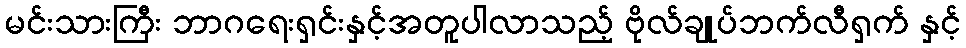
မင်းသားကြီး ဘာဂရေးရှင်းနှင့်အတူပါလာသည့် ဗိုလ်ချုပ်ဘက်လီရှက် နှင့်